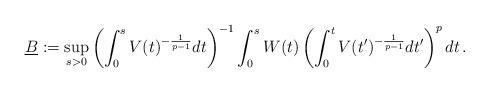
LaTeX: \begin{align*}\underline B := \sup_{s>0} \left( \int_0^s V(t)^{-\frac{1}{p-1}}dt \right)^{-1} \int_0^s W(t) \left( \int_0^t V(t')^{-\frac{1}{p-1}}dt' \right)^p dt \,.\end{align*}